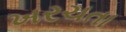
ખરચતા